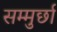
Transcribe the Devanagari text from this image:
सम्मुर्छा